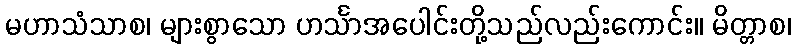
မဟာသံသာစ၊ များစွာသော ဟင်္သာအပေါင်းတို့သည်လည်းကောင်း။ မိတ္တာစ၊